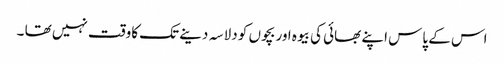
اس کے پاس اپنے بھائی کی بیوہ اور بچوں کو دلاسہ دینے تک کاوقت نہیں تھا ۔